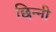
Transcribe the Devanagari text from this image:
छिन्‍नी